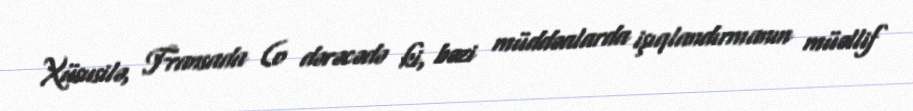
Xüsusilə, Fransada (o dərəcədə ki, bəzi müddəalarda işıqlandırmanın müəllif